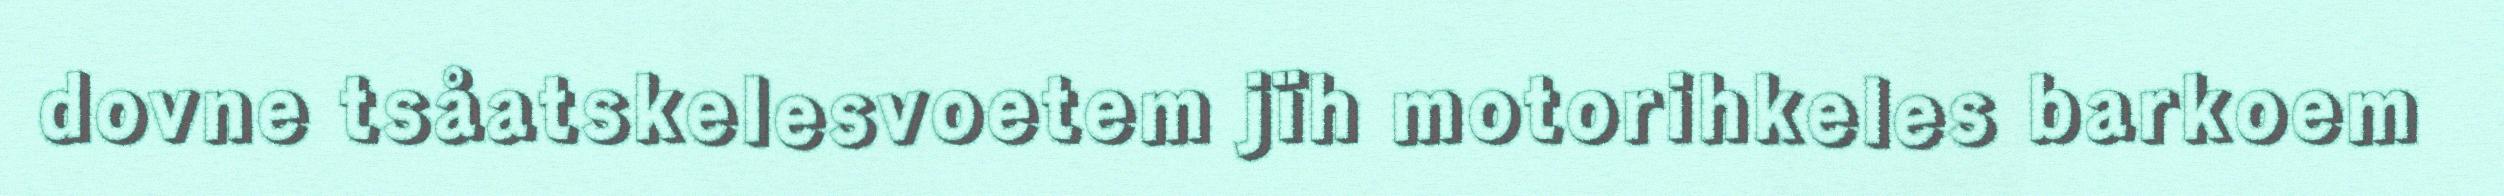
dovne tsåatskelesvoetem jïh motorihkeles barkoem